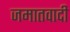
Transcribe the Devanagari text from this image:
जमातवादी